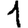
Digit: 1